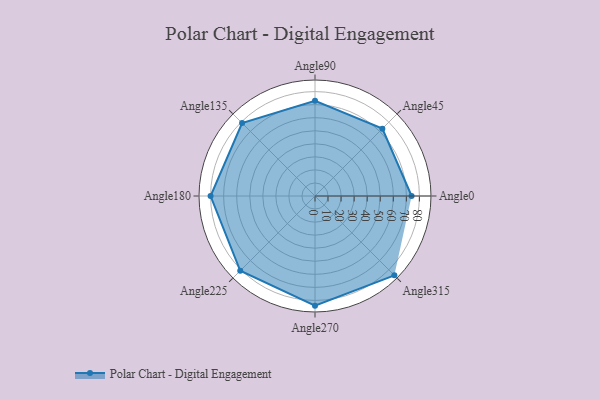
{"axis": {"x": "Angle", "y": "Radius"}, "legend": [""], "data": [{"x": "Angle0", "y": 74.0, "type": ""}, {"x": "Angle45", "y": 73.0, "type": ""}, {"x": "Angle90", "y": 73.0, "type": ""}, {"x": "Angle135", "y": 79.0, "type": ""}, {"x": "Angle180", "y": 80.0, "type": ""}, {"x": "Angle225", "y": 81.0, "type": ""}, {"x": "Angle270", "y": 84.0, "type": ""}, {"x": "Angle315", "y": 86.0, "type": ""}]}